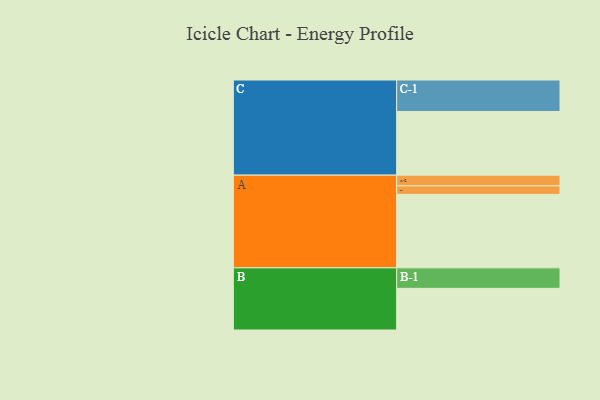
{"axis": {"x": "Segment", "y": "Value"}, "legend": ["", "A", "B", "C"], "data": [{"x": "A", "y": 570, "type": ""}, {"x": "B", "y": 323, "type": ""}, {"x": "C", "y": 494, "type": ""}, {"x": "A-1", "y": 66, "type": "A"}, {"x": "A-2", "y": 83, "type": "A"}, {"x": "B-1", "y": 159, "type": "B"}, {"x": "C-1", "y": 244, "type": "C"}]}